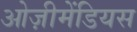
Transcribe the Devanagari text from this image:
ओज़ीमेंडियस